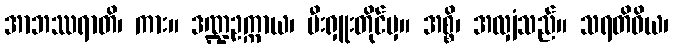
အာဘဿရာတိ၊ ကား။ ဒဏ္ဍဥက္ကာယ၊ မီးရှူးတိုင်မှ။ အစ္စိ၊ အလျှံသည်။ သရတိဝိယ၊